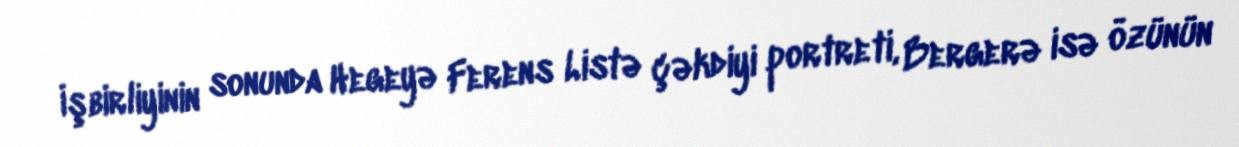
İşbirliyinin sonunda Hegeyə Ferens Listə çəkdiyi portreti, Bergerə isə özünün